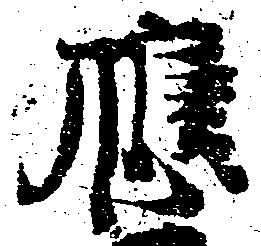
応